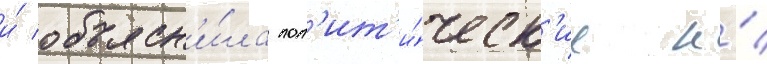
и́ объясн'и́ла пол'ит'и́ческ'ие и́